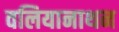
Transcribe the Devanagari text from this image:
वलियानाथन